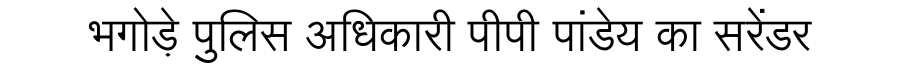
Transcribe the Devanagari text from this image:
भगोड़े पुलिस अधिकारी पीपी पांडेय का सरेंडर